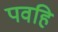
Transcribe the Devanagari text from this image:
पवहि